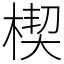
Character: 楔